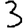
Digit: 3